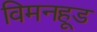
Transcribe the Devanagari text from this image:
विमनहूड